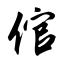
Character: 倌